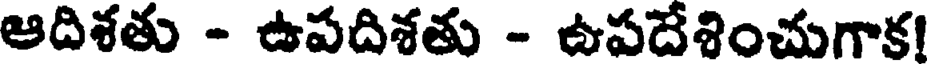
ఆదిశతు - ఉపదిశతు - ఉపదేశించుగాక!